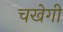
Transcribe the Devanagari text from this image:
चखेगी